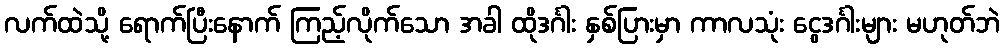
လက်ထဲသို့ ရောက်ပြီးနောက် ကြည့်လိုက်သော အခါ ထိုဒင်္ဂါး နှစ်ပြားမှာ ကာလသုံး ငွေဒင်္ဂါးများ မဟုတ်ဘဲ